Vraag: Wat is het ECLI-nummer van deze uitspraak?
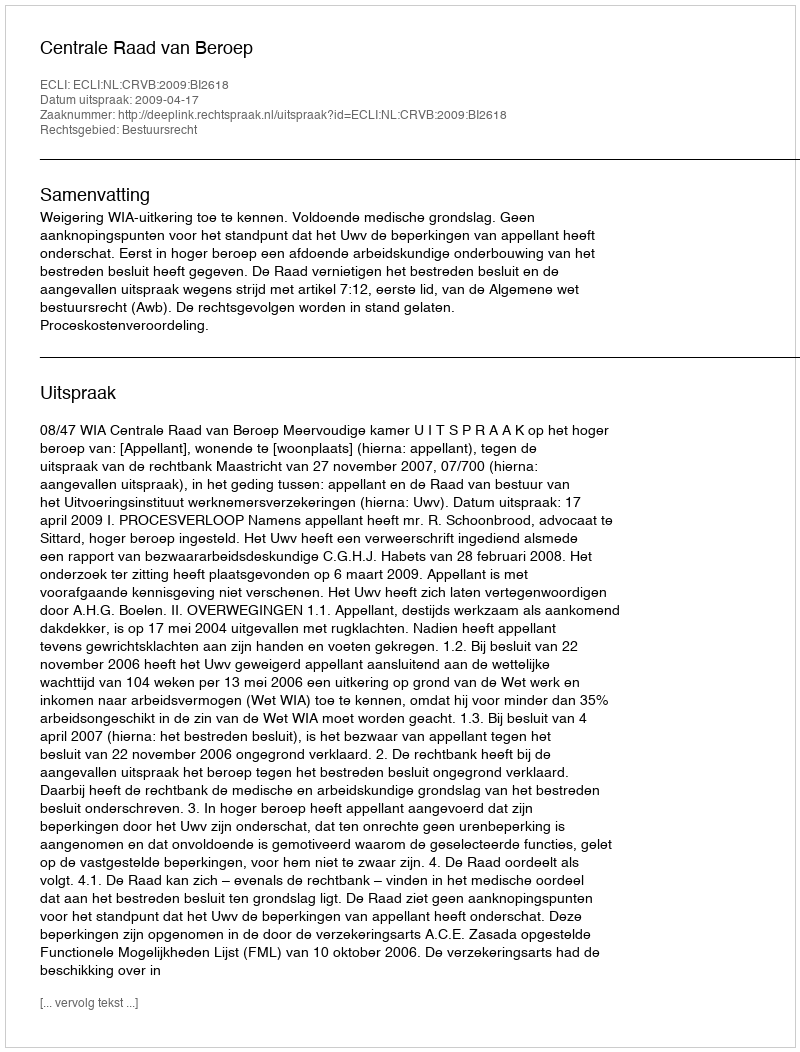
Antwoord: ECLI:NL:CRVB:2009:BI2618